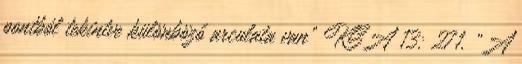
pontból tekintve különböző arculata van” KSA 13: 271. „A